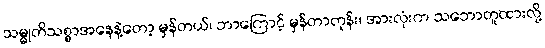
သမ္မုတိသစ္စာအနေနဲ့တော့ မှန်တယ်၊ ဘာကြောင့် မှန်တာတုန်း၊ အားလုံးက သဘောတူထားလို့